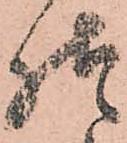
様